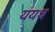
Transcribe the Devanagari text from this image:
ययथ